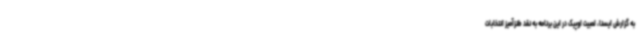
به گزارش ایسنا، لمبیت اوپیک در این برنامه به نقد طنزآمیز انتخابات